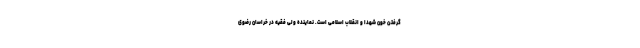
گرفتن خون شهدا و انقلاب اسلامی است. نماینده ولی فقیه در خراسان رضوی